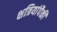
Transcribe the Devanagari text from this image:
क्षत्रियांपैकीं